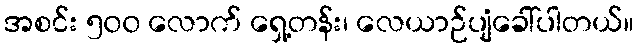
အစင်း ၅၀၀ လောက် ရှေ့တန်း၊ လေယာဉ်ပျံခေါ်ပါတယ်။